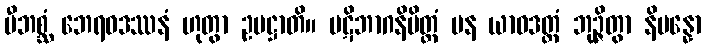
ဗီဘစ္ဆံ ဘေရဝဒဿနံ ဟုတွာ ဥပဋ္ဌာတိ။ ပဋိဘာဂနိမိတ္တံ ပန ယာဝဒတ္ထံ ဘုဉ္ဇိတွာ နိပန္နော